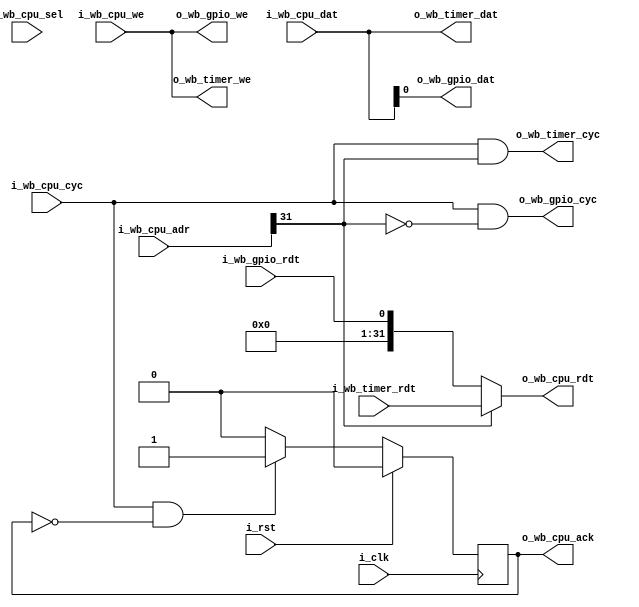
// This program was cloned from: https://github.com/olofk/serv
// License: ISC License

/*
 mem = 00
 gpio = 01
 timer = 10
 testcon = 11
 */
module servant_mux
  (
   input wire 	      i_clk,
   input wire 	      i_rst,
   input wire [31:0]  i_wb_cpu_adr,
   input wire [31:0]  i_wb_cpu_dat,
   input wire [3:0]   i_wb_cpu_sel,
   input wire 	      i_wb_cpu_we,
   input wire 	      i_wb_cpu_cyc,
   output wire [31:0] o_wb_cpu_rdt,
   output reg 	      o_wb_cpu_ack,

   output wire 	      o_wb_gpio_dat,
   output wire 	      o_wb_gpio_we,
   output wire 	      o_wb_gpio_cyc,
   input wire 	      i_wb_gpio_rdt,

   output wire [31:0] o_wb_timer_dat,
   output wire 	      o_wb_timer_we,
   output wire 	      o_wb_timer_cyc,
   input wire [31:0]  i_wb_timer_rdt);

   parameter sim = 0;

   wire [1:0] 	  s = i_wb_cpu_adr[31:30];

   assign o_wb_cpu_rdt = s[1] ? i_wb_timer_rdt : {31'd0,i_wb_gpio_rdt};

   always @(posedge i_clk) begin
      o_wb_cpu_ack <= 1'b0;
      if (i_wb_cpu_cyc & !o_wb_cpu_ack)
	o_wb_cpu_ack <= 1'b1;
      if (i_rst)
	o_wb_cpu_ack <= 1'b0;
   end

   assign o_wb_gpio_dat = i_wb_cpu_dat[0];
   assign o_wb_gpio_we  = i_wb_cpu_we;
   assign o_wb_gpio_cyc = i_wb_cpu_cyc & !s[1];

   assign o_wb_timer_dat = i_wb_cpu_dat;
   assign o_wb_timer_we  = i_wb_cpu_we;
   assign o_wb_timer_cyc = i_wb_cpu_cyc & s[1];

endmodule